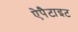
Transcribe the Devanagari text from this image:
ऐपैटाइट